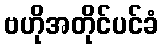
ဗဟိုအတိုင်ပင်ခံ